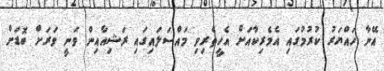
އޭނާ ހައްޔަރު ކުރުމުގައި އެމެރިކާއަށް އެހީތެރިވި މައްސަލައިގައި ރަޝިއާއިން ވަނީ ވަރަށް ބޮޑަށް